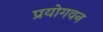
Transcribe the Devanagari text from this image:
प्रयोगवन